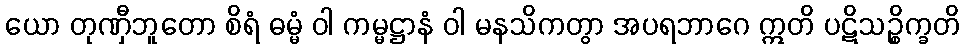
ယော တုဏှီဘူတော စိရံ ဓမ္မံ ဝါ ကမ္မဋ္ဌာနံ ဝါ မနသိကတွာ အပရဘာဂေ ဣတိ ပဋိသဉ္စိက္ခတိ